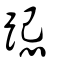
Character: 跽